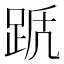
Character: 𨀭